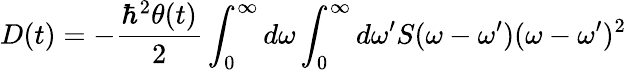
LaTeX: D(t)=-\frac{\hbar^{2}\theta(t)}{2}\int_{0}^{\infty}{d\omega}\int_{0}^{\infty}{d\omega^{\prime}}S(\omega-\omega^{\prime})(\omega-\omega^{\prime})^{2}